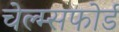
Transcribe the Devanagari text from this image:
चेल्म्सफोर्ड